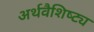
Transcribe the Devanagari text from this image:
अर्थवैशिष्ट्य